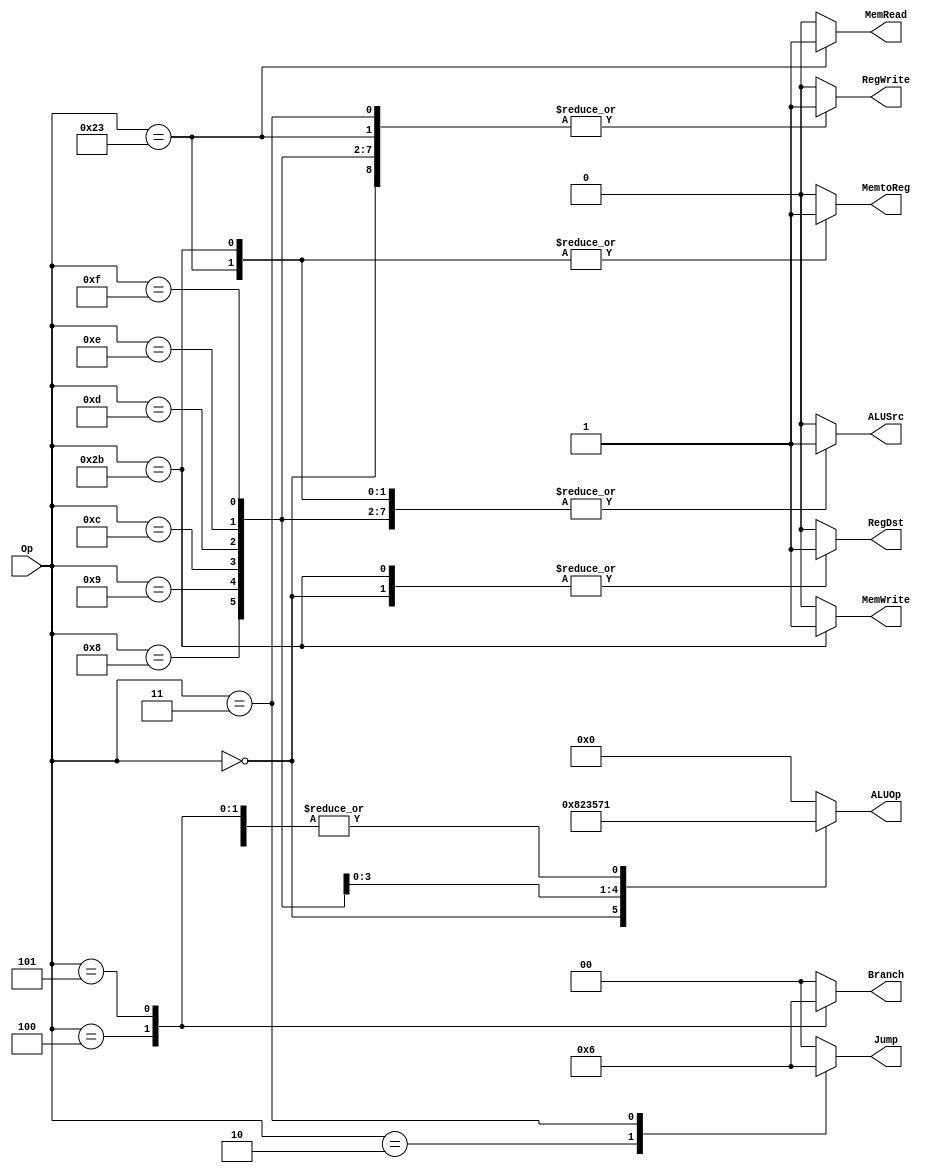
module Control(
    input [5:0] Op,
    output reg [3:0] ALUOp,
    output reg ALUSrc,RegDst,MemWrite,MemRead,RegWrite,MemtoReg,
    output reg [1:0] Jump,
    output reg [1:0] Branch
);

	localparam BEQ = 2'b01;
	localparam BNE = 2'b10;
	localparam J   = 2'b01;
	localparam JAL = 2'b10;
	localparam JR  = 2'b11;

    always @ (*) begin
        RegDst  <= 1'b0;
        ALUSrc  <= 1'b0;
        MemtoReg<= 1'b0;
        RegWrite<= 1'b0;
        MemRead <= 1'b0;
        MemWrite<= 1'b0;
        ALUOp   <= 4'b0000;
        Jump    <= 2'b0;
        Branch  <= 2'b0;

        case (Op)
            6'b000000: begin // R-type
                RegDst  <= 1'b1;
                ALUSrc  <= 1'b0;
                MemtoReg<= 1'b0;
                RegWrite<= 1'b1;
                MemRead <= 1'b0;
                MemWrite<= 1'b0;
                ALUOp   <= 4'b1000;
            end

            6'b000010: begin // j
                Jump <= J;
            end
            6'b000011: begin // jal
                Jump <= JAL;
                RegWrite<= 1'b1;
            end
            6'b000100: begin // beq
                Branch <= BEQ;
                ALUOp   <= 4'b0001;
            end
            6'b000101: begin // bne
                Branch <= BNE;
                ALUOp   <= 4'b0001;
            end

            6'b001000: begin // addi
                RegDst  <= 1'b0;
                ALUSrc  <= 1'b1;
                MemtoReg<= 1'b0;
                RegWrite<= 1'b1;
                MemRead <= 1'b0;
                MemWrite<= 1'b0;
                ALUOp   <= 4'b0001;
            end
            6'b001001: begin // addiu
                RegDst  <= 1'b0;
                ALUSrc  <= 1'b1;
                MemtoReg<= 1'b0;
                RegWrite<= 1'b1;
                MemRead <= 1'b0;
                MemWrite<= 1'b0;
                ALUOp   <= 4'b0001;
            end
            6'b001100: begin // andi
                RegDst  <= 1'b0;
                ALUSrc  <= 1'b1;
                MemtoReg<= 1'b0;
                RegWrite<= 1'b1;
                MemRead <= 1'b0;
                MemWrite<= 1'b0;
                ALUOp   <= 4'b0010;
            end
            6'b001101: begin // ori
                RegDst  <= 1'b0;
                ALUSrc  <= 1'b1;
                MemtoReg<= 1'b0;
                RegWrite<= 1'b1;
                MemRead <= 1'b0;
                MemWrite<= 1'b0;
                ALUOp   <= 4'b0011;
            end
            6'b001110: begin // xori
                RegDst  <= 1'b0;
                ALUSrc  <= 1'b1;
                MemtoReg<= 1'b0;
                RegWrite<= 1'b1;
                MemRead <= 1'b0;
                MemWrite<= 1'b0;
                ALUOp   <= 4'b0101;
            end

            6'b001111: begin // lui
                RegDst  <= 1'b0;
                ALUSrc  <= 1'b1;
                MemtoReg<= 1'b0;
                RegWrite<= 1'b1;
                MemRead <= 1'b0;
                MemWrite<= 1'b0;
                ALUOp   <= 4'b0111;
            end
            6'b100011: begin // lw
                RegDst  <= 1'b0;
                ALUSrc  <= 1'b1;
                MemtoReg<= 1'b1;
                RegWrite<= 1'b1;
                MemRead <= 1'b1;
                MemWrite<= 1'b0;
                ALUOp   <= 4'b0001;
            end
            6'b101011: begin // sw
                RegDst  <= 1'b1;
                ALUSrc  <= 1'b1;
                MemtoReg<= 1'b1;
                RegWrite<= 1'b0;
                MemRead <= 1'b0;
                MemWrite<= 1'b1;
                ALUOp   <= 4'b0001;
            end
        endcase
    end

endmodule